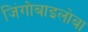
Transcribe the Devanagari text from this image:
जिंगोबाइलोबा